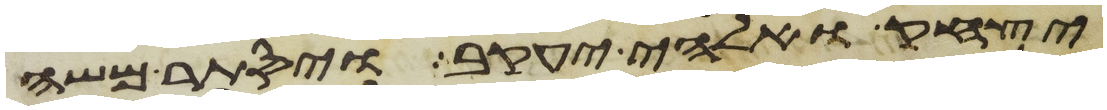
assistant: יצחק ואלהי יעקב ויסתר משה